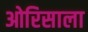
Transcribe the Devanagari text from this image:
ओरिसाला